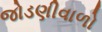
જોડણીવાળો